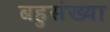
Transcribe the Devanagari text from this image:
बहुसंख्‍या